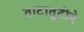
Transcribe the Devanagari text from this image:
ताटातुटीने